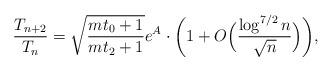
LaTeX: \begin{align*}{T_{n+2}\over T_{n}}=\sqrt{mt_0+1\over mt_2+1}e^A\cdot\biggl(1+O\Bigl({\log^{7/2}{n}\over\sqrt{n}}\Bigr)\biggr),\end{align*}